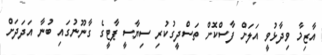
އާޒިމާ ވިދާޅުވީ އަލަށް ފާސްކޮށް ތަސްދީގުކުރި ސިޔާސީ ޕާޓީގެ ގާނޫނުގައި ބުނާ އަދަދަށް